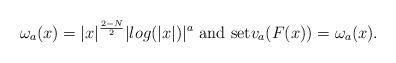
LaTeX: \begin{align*}\omega_a(x)=|x|^{\frac{2-N}{2}} |log(|x|)|^{a}\textrm{ and set} v_a(F(x))=\omega_a(x).\end{align*}